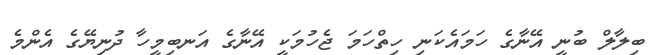
ބިލާލް ބުނީ އޭނާގެ ހަމައެކަނި ހިތްހަމަ ޖެހުމަކީ އޭނާގެ އަނބިމީހާ ދުނިޔޭގެ އެންމެ